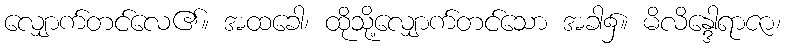
လျှောက်တင်လေ၏။ အထခေါ၊ ထိုသို့လျှောက်တင်သော အခါ၌။ မိလိန္ဒေါရာဇာ၊